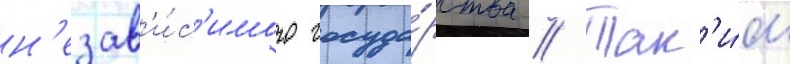
н'езав'и́с'имого госуда́рства // Так'и́м